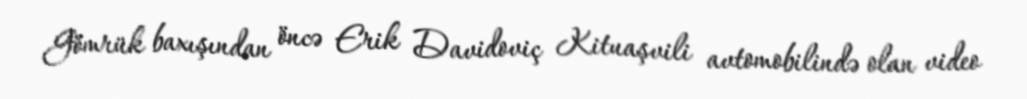
Gömrük baxışından öncə Erik Davidoviç Kituaşvili avtomobilində olan video